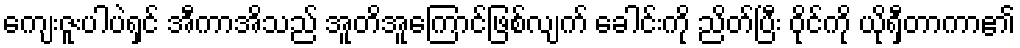
ကျေးဇူးပါပဲရှင် အီကာအိသည် အူတိအူကြောင်ဖြစ်လျက် ခေါင်းကို ညိတ်ပြီး ဝိုင်ကို ယိုရှီတာကာ၏